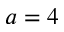
a = 4